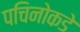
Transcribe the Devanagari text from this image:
पचिनोकडे